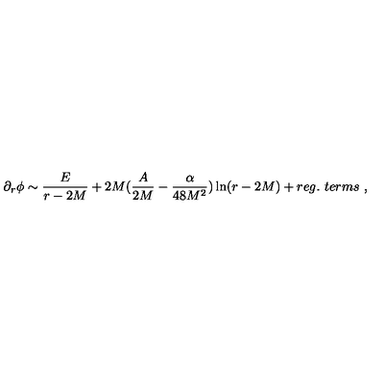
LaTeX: \partial _ { r } \phi \sim \frac { E } { r - 2 M } + 2 M ( \frac { A } { 2 M } - \frac { \alpha } { 4 8 M ^ { 2 } } ) \ln ( r - 2 M ) + r e g . \ t e r m s \ ,